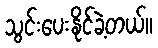
သွင်းပေးနိုင်ခဲ့တယ်။